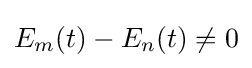
E_{m}(t)-E_{n}(t)\neq 0